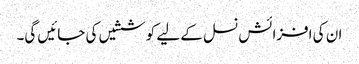
ان کی افزائش نسل کے لیے کوششیں کی جائیں گی۔